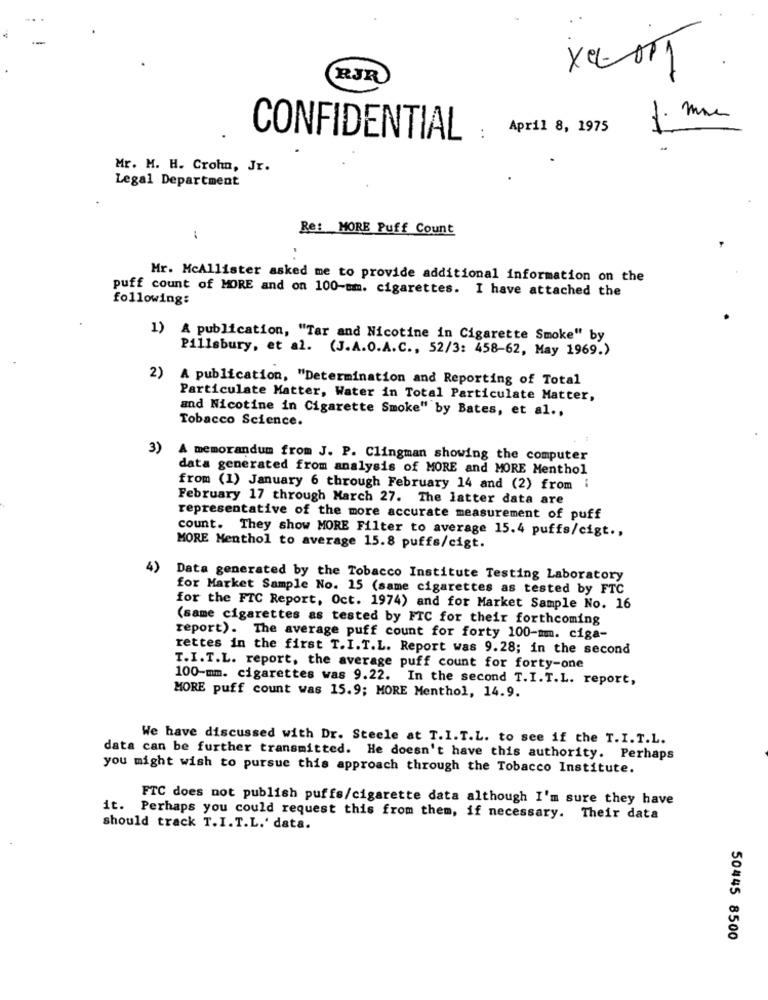
×
RJR
April 8, 1975
CONFIDENTIAL
Mr. M. H. Crohn, Jr.
Legal Department
Re: MORE Puff Count
..
Mr. McAllister asked me to provide additional information on the
puff count of MORE and on 100-mm. cigarettes. I have attached the
following:
1) A publication, "Tar and Nicotine in Cigarette Smoke" by
Pillsbury, et al. (J.A.O.A.C ., 52/3: 458-62, May 1969.)
2)
A publication, "Determination and Reporting of Total
Particulate Matter, Water in Total Particulate Matter,
and Nicotine in Cigarette Smoke" by Bates, et al .,
Tobacco Science.
3)
A memorandum from J. P. Clingman showing the computer
data generated from analysis of MORE and MORE Menthol
from (1) January 6 through February 14 and (2) from
February 17 through March 27. The latter data are
representative of the more accurate measurement of puff
count. They show MORE Filter to average 15.4 puffs/cigt .,
MORE Menthol to average 15.8 puffs/cigt.
4)
Data generated by the Tobacco Institute Testing Laboratory
for Market Sample No. 15 (same cigarettes as tested by FTC
for the FTC Report, Oct. 1974) and for Market Sample No. 16
(same cigarettes as tested by FTC for their forthcoming
report). The average puff count for forty 100-mmm. ciga-
rettes in the first T.I.T.L. Report was 9.28; in the second
T.I.T.L. report, the average puff count for forty-one
100-mm. cigarettes was 9.22. In the second T.I.T.L. report,
MORE puff count was 15.9; MORE Menthol, 14.9.
We have discussed with Dr. Steele at T.I.T.L. to see if the T.I.T.L.
data can be further transmitted. He doesn't have this authority. Perhaps
you might wish to pursue this approach through the Tobacco Institute.
FTC does not publish puffs/cigarette data although I'm sure they have
it. Perhaps you could request this from them, if necessary. Their data
should track T. I. T.L.' data.
50445 8500